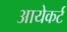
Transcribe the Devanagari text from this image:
आयेकर्ट